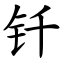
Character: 钎